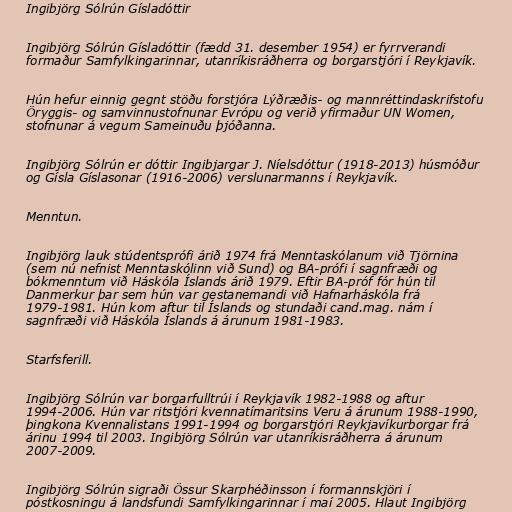
Ingibjörg Sólrún Gísladóttir

Ingibjörg Sólrún Gísladóttir (fædd 31. desember 1954) er fyrrverandi
formaður Samfylkingarinnar, utanríkisráðherra og borgarstjóri í Reykjavík.

Hún hefur einnig gegnt stöðu forstjóra Lýðræðis- og mannréttindaskrifstofu
Öryggis- og samvinnustofnunar Evrópu og verið yfirmaður UN Women,
stofnunar á vegum Sameinuðu þjóðanna.

Ingibjörg Sólrún er dóttir Ingibjargar J. Níelsdóttur (1918-2013) húsmóður
og Gísla Gíslasonar (1916-2006) verslunarmanns í Reykjavík.

Menntun.

Ingibjörg lauk stúdentsprófi árið 1974 frá Menntaskólanum við Tjörnina
(sem nú nefnist Menntaskólinn við Sund) og BA-prófi í sagnfræði og
bókmenntum við Háskóla Íslands árið 1979. Eftir BA-próf fór hún til
Danmerkur þar sem hún var gestanemandi við Hafnarháskóla frá
1979-1981. Hún kom aftur til Íslands og stundaði cand.mag. nám í
sagnfræði við Háskóla Íslands á árunum 1981-1983.

Starfsferill.

Ingibjörg Sólrún var borgarfulltrúi í Reykjavík 1982-1988 og aftur
1994-2006. Hún var ritstjóri kvennatímaritsins Veru á árunum 1988-1990,
þingkona Kvennalistans 1991-1994 og borgarstjóri Reykjavíkurborgar frá
árinu 1994 til 2003. Ingibjörg Sólrún var utanríkisráðherra á árunum
2007-2009.

Ingibjörg Sólrún sigraði Össur Skarphéðinsson í formannskjöri í
póstkosningu á landsfundi Samfylkingarinnar í maí 2005. Hlaut Ingibjörg